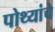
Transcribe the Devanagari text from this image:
पोथ्यांचे